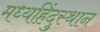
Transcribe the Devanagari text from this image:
मध्यहिंदुस्थान